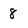
Character: 8